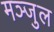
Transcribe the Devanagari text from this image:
मञ्जुल